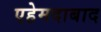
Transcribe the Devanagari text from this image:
एहेमदाबाद